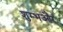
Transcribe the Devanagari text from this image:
शुम्भऔर